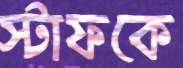
স্টাফকে